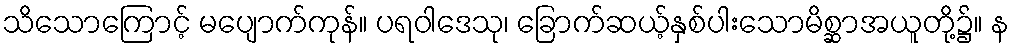
သိသောကြောင့် မပျောက်ကုန်။ ပရဝါဒေသု၊ ခြောက်ဆယ့်နှစ်ပါးသောမိစ္ဆာအယူတို့၌။ န